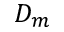
D _ { m }